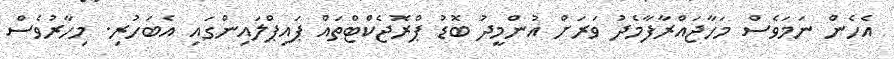
އެހެން ނަމަވެސް މަހާޖައްރާފާމެދު ވަރަށް އުންމީދު ބޮޑު ޕްރޮޖެކްޓްތައް ޕައިޕްލައިންގައި އެބަހުރި. މިހާރުވެސް